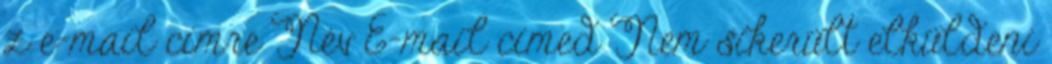
z e-mail címre Név E-mail címed Nem sikerült elküldeni